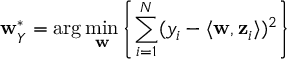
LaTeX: \mathbf { w } _ { Y } ^ { * } = \arg \operatorname* { m i n } _ { \mathbf { w } } \left\{ \sum _ { i = 1 } ^ { N } ( y _ { i } - \langle \mathbf { w } , \mathbf { z } _ { i } \rangle ) ^ { 2 } \right\}